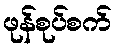
ဖုန်စုပ်စက်